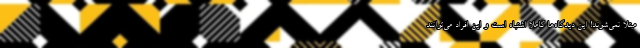
مبتلا نمی‌شوند! این دیدگاه‌ها کاملاً اشتباه است و این افراد می‌توانند